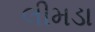
લીમડા